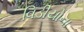
વિડીયોના